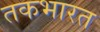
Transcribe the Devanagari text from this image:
तकभारत